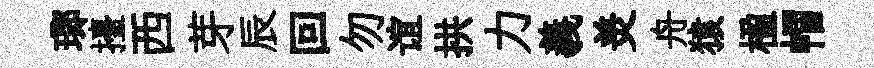
瑯擡西芽辰回勿谊拱力義羙舟猿楹帽